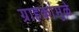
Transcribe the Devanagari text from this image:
ग्राहकांमुळे